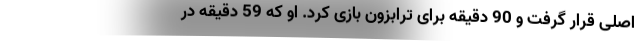
اصلی قرار گرفت و 90 دقیقه برای ترابزون بازی کرد. او که 59 دقیقه در